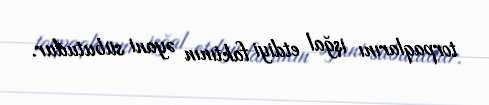
torpaqlarını işğal etdiyi faktının əyani sübutudur.